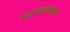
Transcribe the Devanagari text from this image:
कार्लिओनच्या